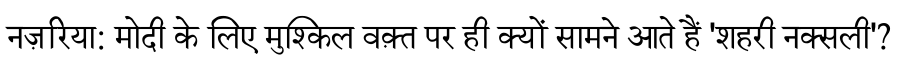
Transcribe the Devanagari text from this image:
नज़रिया: मोदी के लिए मुश्किल वक़्त पर ही क्यों सामने आते हैं 'शहरी नक्सली'?